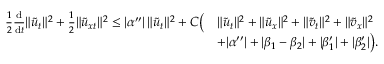
\begin{array} { r l } { \frac { 1 } { 2 } \frac { \mathrm { d } } { \mathrm { d } t } \| \tilde { u } _ { t } \| ^ { 2 } + \frac 1 2 \| \tilde { u } _ { x t } \| ^ { 2 } \le | \alpha ^ { \prime \prime } | \, \| \tilde { u } _ { t } \| ^ { 2 } + C \big ( } & { \| \tilde { u } _ { t } \| ^ { 2 } + \| \tilde { u } _ { x } \| ^ { 2 } + \| \tilde { v } _ { t } \| ^ { 2 } + \| \tilde { v } _ { x } \| ^ { 2 } } \\ & { + | \alpha ^ { \prime \prime } | + | \beta _ { 1 } - \beta _ { 2 } | + | \beta _ { 1 } ^ { \prime } | + | \beta _ { 2 } ^ { \prime } | \big ) . } \end{array}